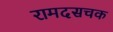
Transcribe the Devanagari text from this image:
रामदसचक